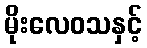
မိုးလေဝသနှင့်